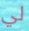
لي